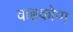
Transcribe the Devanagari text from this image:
वाहकोण